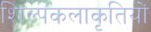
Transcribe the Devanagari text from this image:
शिल्पकलाकृतियों